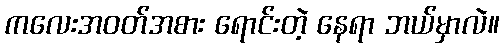
ကလေးအဝတ်အစား ရောင်းတဲ့ နေရာ ဘယ်မှာလဲ။